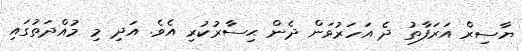
ޔާސިރް އަރަފާތު ދެ އަހަރުވަން ދެން ޙިސާރުކުރި އެވެ. އަދި މި މުއްދަތުގައި